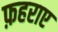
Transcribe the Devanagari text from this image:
फ़हराए